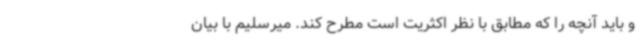
و باید آنچه را که مطابق با نظر اکثریت است مطرح کند. میرسلیم با بیان